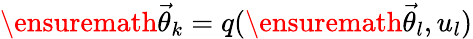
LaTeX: \ensuremath{\vec{\theta}}_{k}=q(\ensuremath{\vec{\theta}}_{l},u_{l})